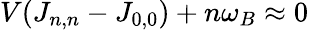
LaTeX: V(J_{n,n}-J_{0,0})+n\omega_{B}\approx 0